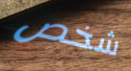
شخص